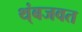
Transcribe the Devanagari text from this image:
थ्ंबजवत